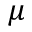
\mu